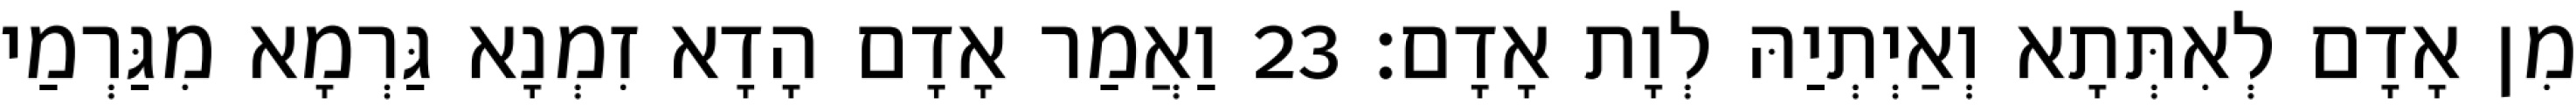
מִן אָדָם לְאִתְּתָא וְאַיְתְיַהּ לְוָת אָדָם׃ 23 וַאֲמַר אָדָם הָדָא זִמְנָא גַּרְמָא מִגַּרְמַי